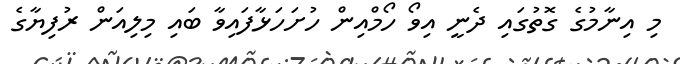
މި އިނާމުގެ ގޮތުގައި ދެނީ އިވޯ ހޯމްއިން ހުށަހަޅާފައިވާ ބައި މިލިއަން ރުފިޔާގެ